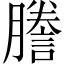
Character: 謄